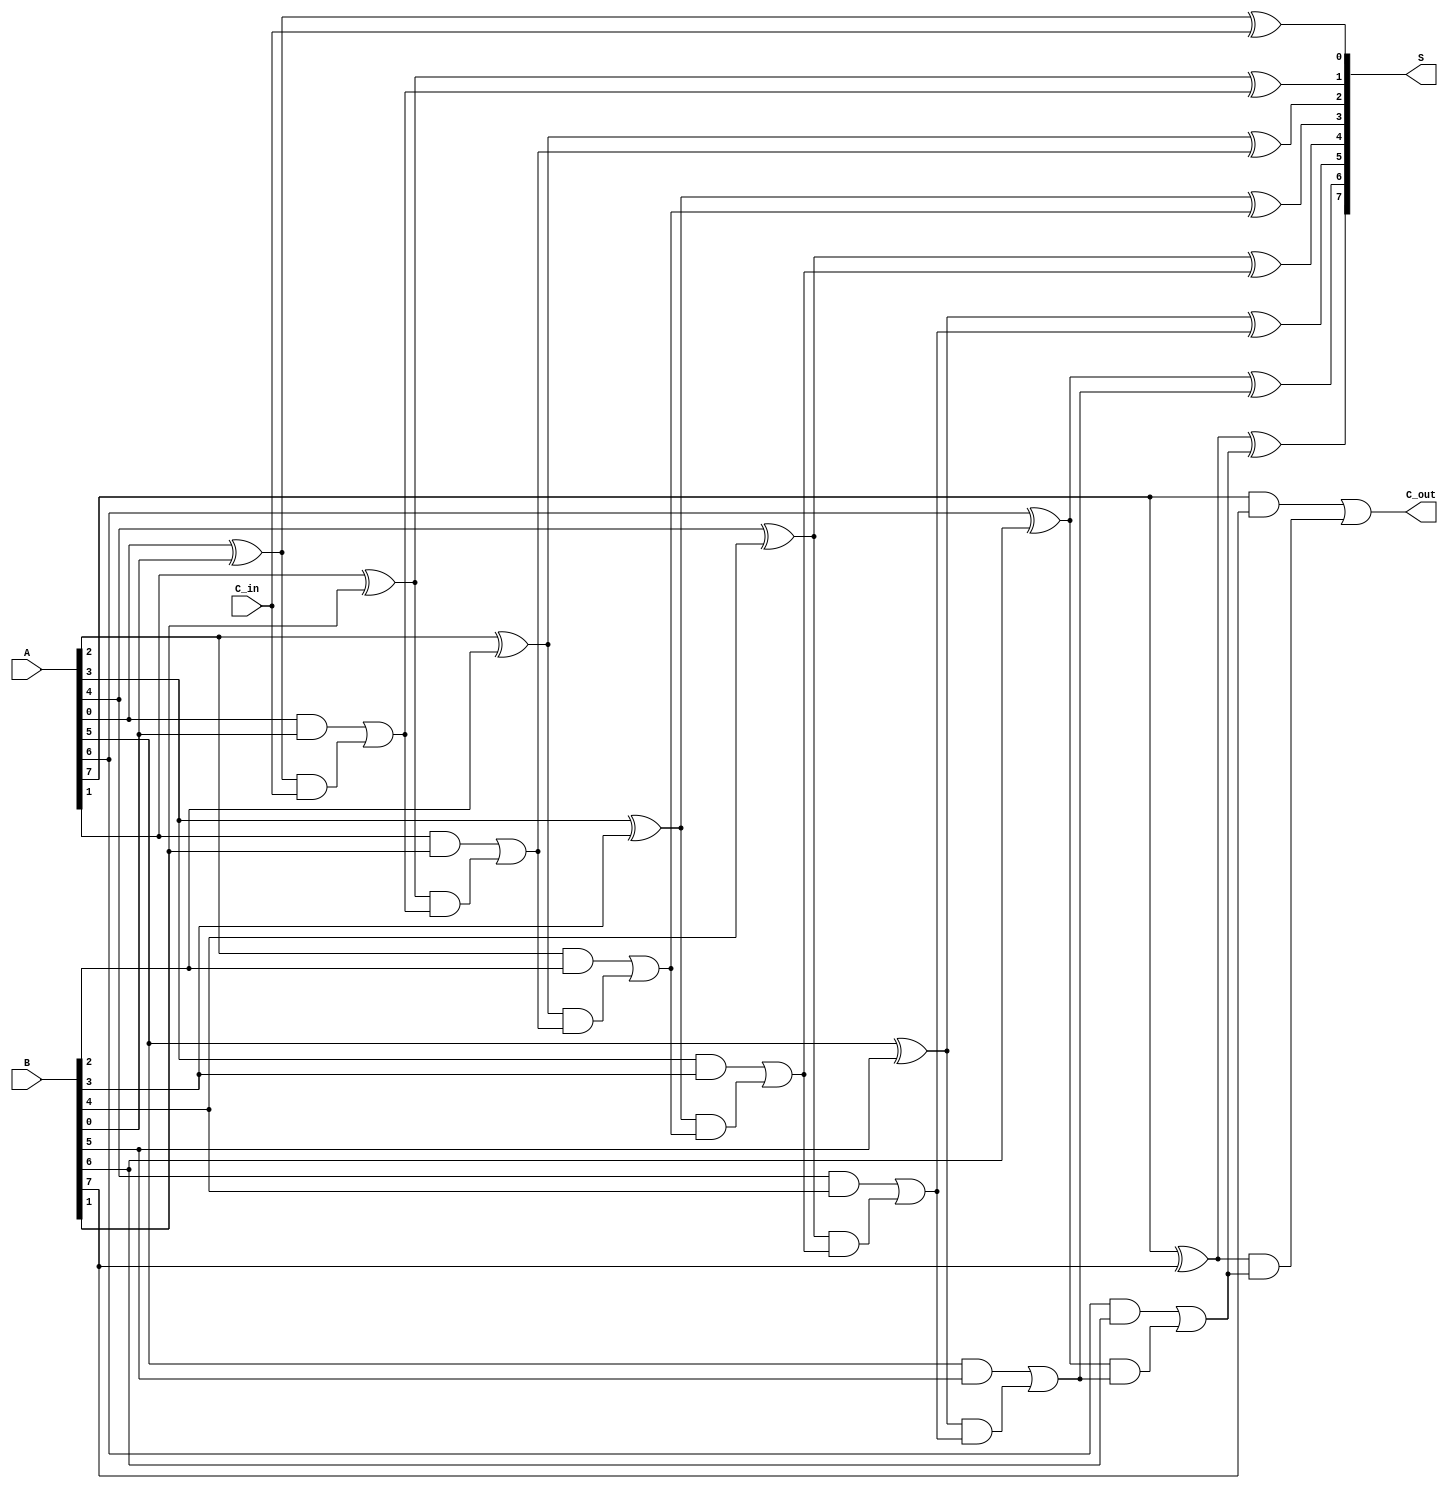
module parallel_full_adder #(
    parameter N = 8 // Parameter for the bit width (can be changed as needed)
)(
    input  [N-1:0] A,    // First n-bit binary number
    input  [N-1:0] B,    // Second n-bit binary number
    input         C_in,   // Carry input for the least significant bit
    output [N-1:0] S,     // n-bit sum output
    output        C_out    // Carry output (overflow)
);

    wire [N:0] carry; // Carry signals, one extra for the final carry out

    assign carry[0] = C_in; // Initial carry in

    // Generate parallel full adders
    genvar i;
    generate
        for (i = 0; i < N; i = i + 1) begin : full_adder
            // Sum calculation
            assign S[i] = A[i] ^ B[i] ^ carry[i];
            // Carry calculation
            assign carry[i + 1] = (A[i] & B[i]) | ((A[i] ^ B[i]) & carry[i]);
        end
    endgenerate

    assign C_out = carry[N]; // Final carry out from the last full adder

endmodule